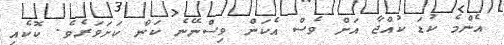
އެންމެ ކުޑަ ކުއްޖާ އަށް ވެސް އެކަން ވިސްނޭނެ ކަން ކަށަވަރެވެ. ކޮކެއި